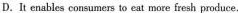
D.It enables consumers to cat noee fresh produce.